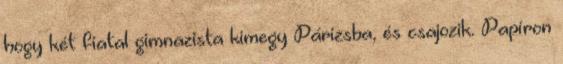
hogy két fiatal gimnazista kimegy Párizsba, és csajozik. Papíron